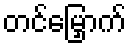
တင်မြှောက်